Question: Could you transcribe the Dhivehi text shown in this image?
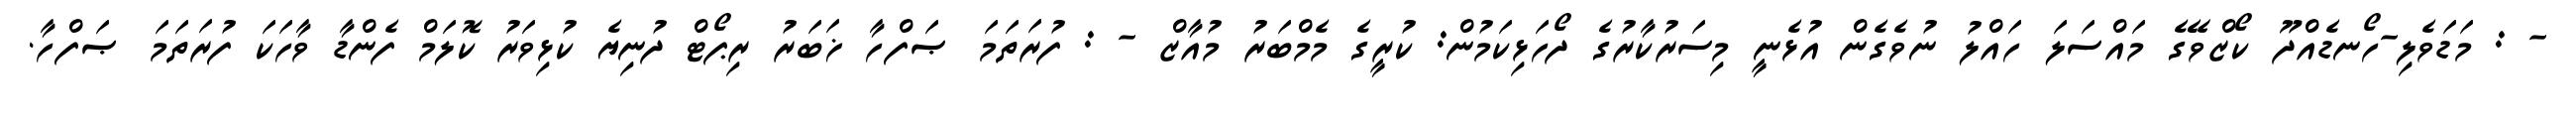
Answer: - : މަޑަވެލި-ހޯނޑެއްދޫ ކޯޒްވޭގެ މައްސަލަ ހައްލު ނުވެގެން އުޅެނީ މިސަރުކާރުގެ ދޯހަޅިކަމުން: ކުރީގެ މެމްބަރު މުއާޒް - : ފުރަތަމަ ޞަފްހާ ޚަބަރު ރިޕޯޓް ދުނިޔެ ކުޅިވަރު ކޮލަމް ފެންޑާ ވާހަކަ ފުރަތަމަ ޞަފްހާ.